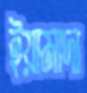
ইয়ামাদা